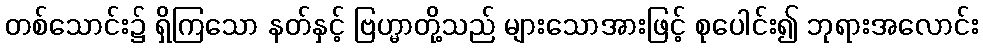
တစ်သောင်း၌ ရှိကြသော နတ်နှင့် ဗြဟ္မာတို့သည် များသောအားဖြင့် စုပေါင်း၍ ဘုရားအလောင်း